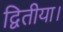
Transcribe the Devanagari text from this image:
द्वितीया।